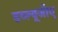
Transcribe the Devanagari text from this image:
डव्ल्यूजीए